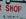
shop